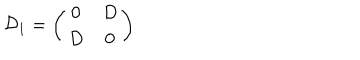
{ \cal D } _ { 1 } = \left( \begin{array} { c c } { { 0 } } & { { D } } \\ { { D } } & { { 0 } } \\ \end{array} \right)